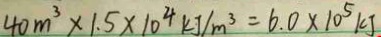
4 0 m ^ { 3 } \times 1 . 5 \times 1 0 ^ { 4 } k J / m ^ { 3 } = 6 . 0 \times 1 0 ^ { 5 } k J